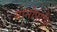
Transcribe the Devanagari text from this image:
मानोपाधि